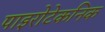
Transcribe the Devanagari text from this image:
पाइरोटेकनिक